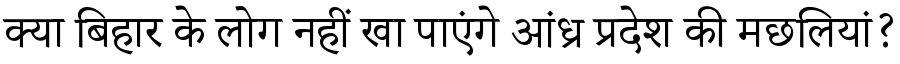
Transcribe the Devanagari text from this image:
क्या बिहार के लोग नहीं खा पाएंगे आंध्र प्रदेश की मछलियां?